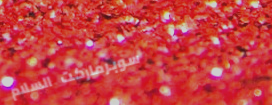
سوبرماركت السلام